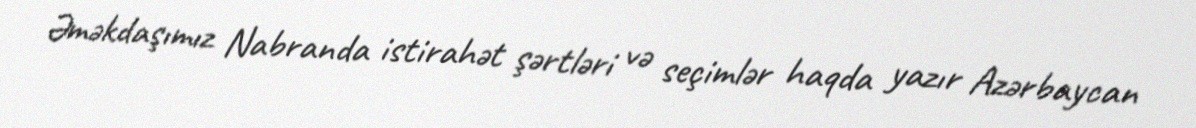
Əməkdaşımız Nabranda istirahət şərtləri və seçimlər haqda yazır Azərbaycan